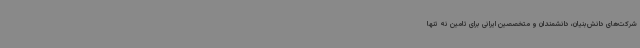
شرکت‌های دانش‌بنیان، دانشمندان و متخصصین ایرانی برای تامین نه تنها